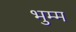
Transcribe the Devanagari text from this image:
भुम्म